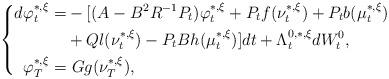
LaTeX: \begin{align*}\left\{\begin{aligned}d\varphi_t^{*,\xi}=&-[(A-B^2R^{-1}P_t)\varphi_t^{*,\xi}+P_tf(\nu_t^{*,\xi})+P_tb(\mu_t^{*,\xi})\\&+Ql(\nu_t^{*,\xi})-P_tBh(\mu_t^{*,\xi})]dt+\Lambda_t^{0,*,\xi}dW^0_t,\\\varphi_T^{*,\xi}=&~Gg(\nu_T^{*,\xi}),\end{aligned}\right.\end{align*}